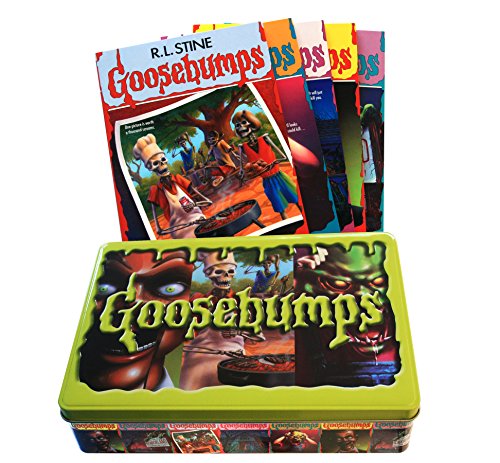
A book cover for Goosebumps Retro Scream Collection: Limited Edition Tin; R. L. Stine; Children's Books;